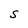
Character: S